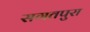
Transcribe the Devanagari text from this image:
सगतपुरा